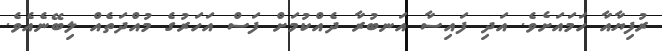
ރުފިޔާއާ ހަމައަށެވެ. އަދި ފައިސާ އަނބުރާ ދެއްކުމަށް ފަސް އަހަރުގެ މުއްދަތެއް ލިބޭނެއެވެ.